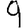
Digit: 9